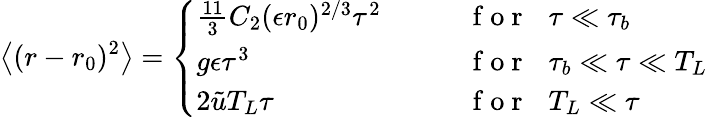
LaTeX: \left\langle{(r-r_{0})^{2}}\right\rangle=\left\{ \begin{array}{ll}{\frac{11}{3}C_{2}(\epsilon r_{0})^{2/3}\tau^{2}\quad\quad}&{\mathrm{~f~o~r~}\, \, \, \, \tau\ll\tau_{b}}\\ {g\epsilon\tau^{3}}&{\mathrm{~f~o~r~}\, \, \, \, \tau_{b}\ll\tau\ll T_{L}}\\ {2\tilde{u}T_{L}\tau}&{\mathrm{~f~o~r~}\, \, \, \, T_{L}\ll\tau}\end{array}\right.